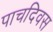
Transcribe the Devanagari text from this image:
पाचदिवस